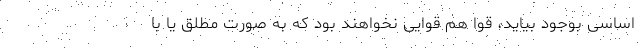
اساسی بوجود بیاید، قوا هم قوایی نخواهند بود که به صورت مطلق یا با